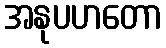
အနုပဟတော